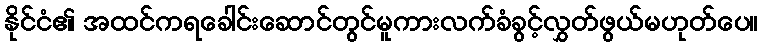
နိုင်ငံ၏ အထင်ကရခေါင်းဆောင်တွင်မူကားလက်ခံခွင့်လွှတ်ဖွယ်မဟုတ်ပေ။